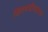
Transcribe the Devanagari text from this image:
वित्तमंत्रीपदाचा